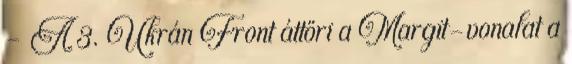
- A 3. Ukrán Front áttöri a Margit-vonalat a